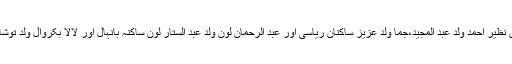
انہوں نے کہا کہ یہ بھیڑ بکریاں نظیر احمد ولد عبد المجید،جما ولد عزیز ساکنان ریاسی اور عبد الرحمان لون ولد عبد الستار لون ساکنہ بانہال اور لالا بکروال ولد توشا بکروال ساکنہ ریاسی کی تھیں۔